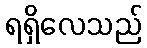
ရရှိလေသည်